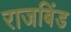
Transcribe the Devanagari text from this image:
राजबिंड